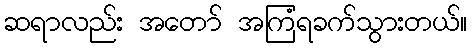
ဆရာလည်း အတော် အကြံရခက်သွားတယ်။